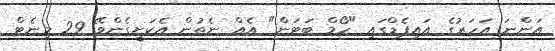
އަންނަ އަހަރުގެ އައިޕެޑްގައި "ހޯމް ބަޓަން" އެއް ނެތުން އެކަށީގެންވޭ 29 މިނެޓް